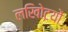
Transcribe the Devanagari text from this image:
लखोिटयों